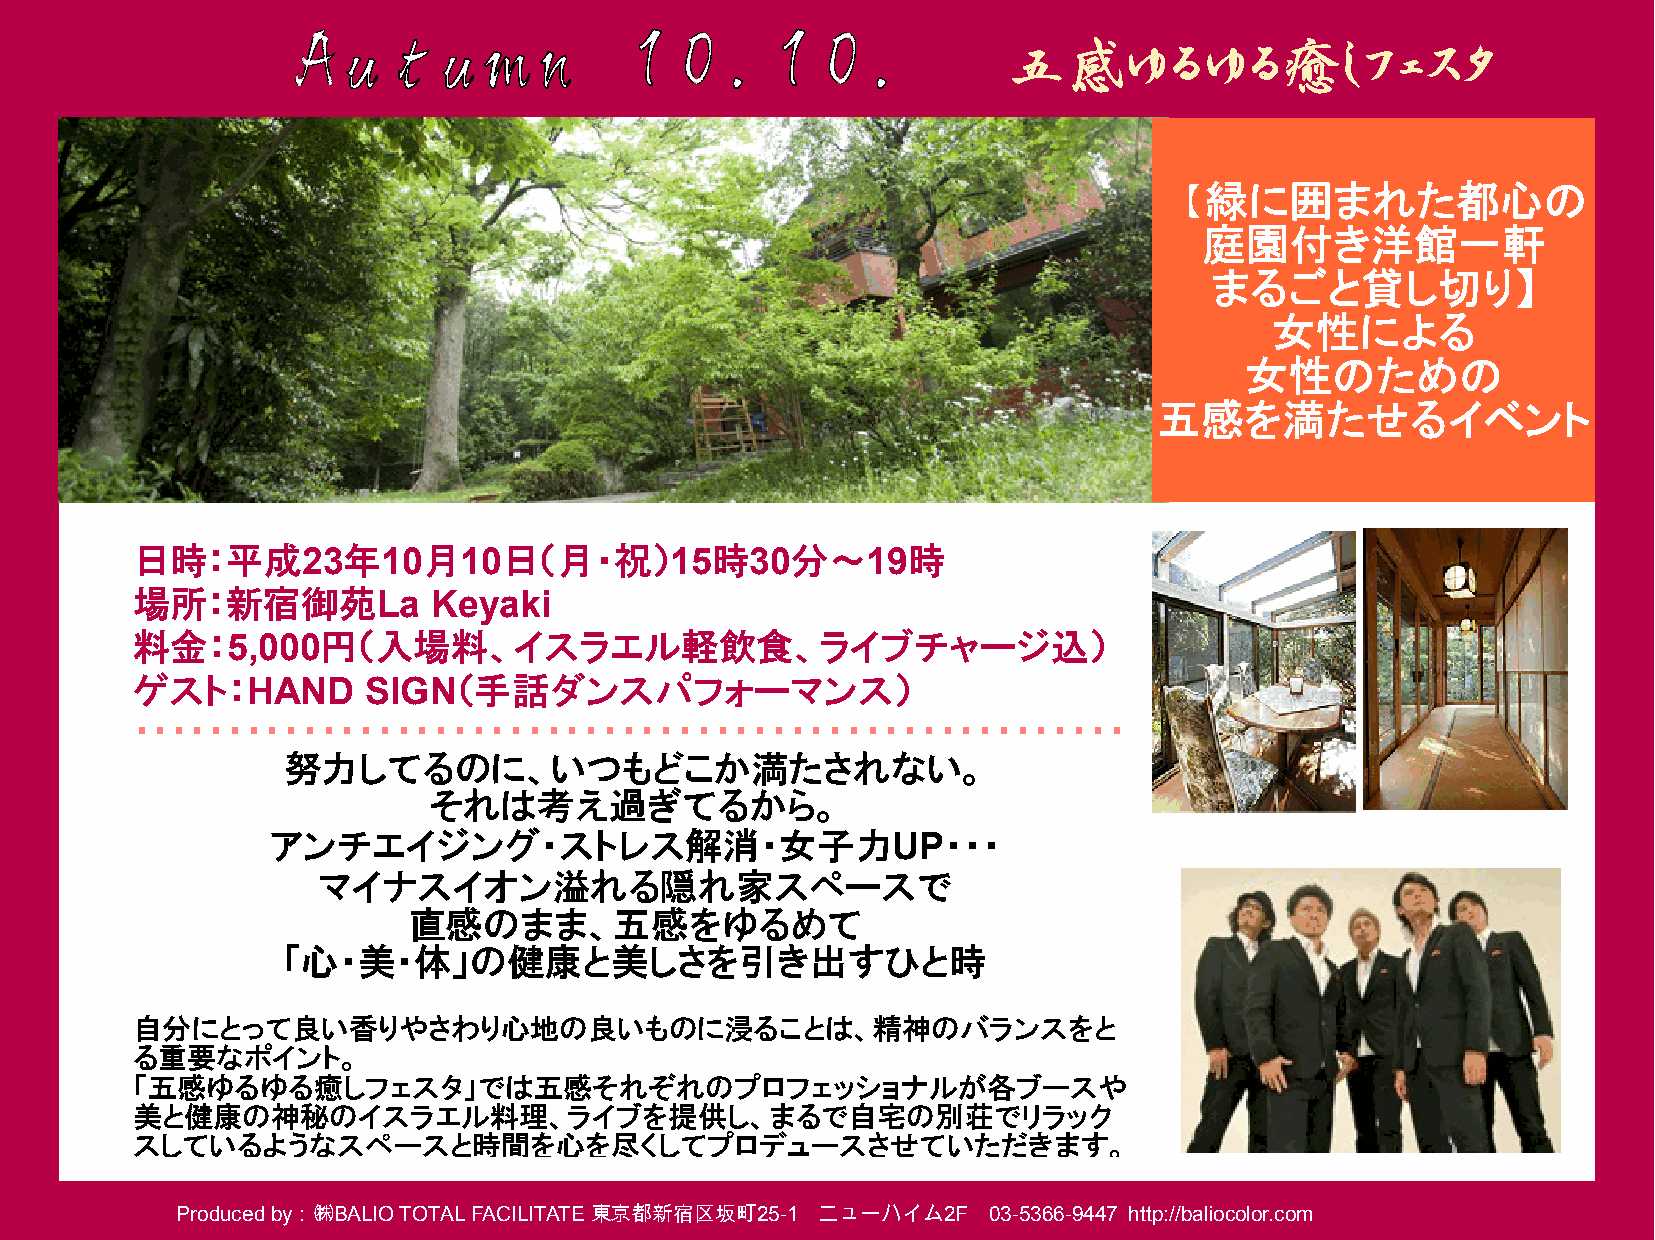
五感ゆるゆる癒しフェスタ
 【緑に囲まれた都心の
 庭園付き洋館一軒
 まるごと貸し切り】
 女性による
 女性のための
 五感を満たせるイベント
 日時：平成23年10月10日（月・祝）15時30分～19時
 場所：新宿御苑La           Keyaki
 料金：5,000円（入場料、イスラエル軽飲食、ライブチャージ込）
 ゲスト：HAND       SIGN（手話ダンスパフォーマンス）
 ・・・・・・・・・・・・・・・・・・・・・・・・・・・・・・・・・・・・・・・・・・・・・・・・・・・・・
 努力してるのに、いつもどこか満たされない。
 それは考え過ぎてるから。
 アンチエイジング・ストレス解消・女子力UP・・・
 マイナスイオン溢れる隠れ家スペースで
 直感のまま、五感をゆるめて
 「心・美・体」の健康と美しさを引き出すひと時
 自分にとって良い香りやさわり心地の良いものに浸ることは、精神のバランスをと
 る重要なポイント。
 「五感ゆるゆる癒しフェスタ」では五感それぞれのプロフェッショナルが各ブースや
 美と健康の神秘のイスラエル料理、ライブを提供し、まるで自宅の別荘でリラック
 スしているようなスペースと時間を心を尽くしてプロデュー                    スさせていただきます。
 Produced by：㈱BALIO TOTAL FACILITATE 東京都新宿区坂町25-1 ニューハイム2F 03-5366-9447 http://baliocolor.com